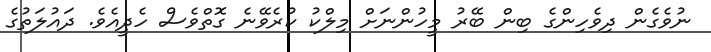
ނުވެގެން ދިވެހިންގެ ބިން ބޭރު މީހުންނަށް މިލްކު ކުރެވޭނެ ގޮތްވެސް ހެދީއެވެ. ދައުލަތުގެ